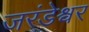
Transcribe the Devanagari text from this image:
जरंडेश्र्वर